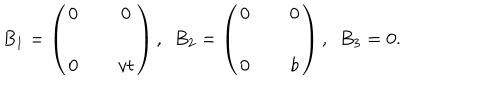
LaTeX: B _ { 1 } = \left( \begin{matrix} { { 0 } } & { { \, } } & { { 0 } } \\ { { \, } } & { { \, } } & { { \, } } \\ { { 0 } } & { { \, } } & { { v t } } \\ \end{matrix} \right) , \, \, \, B _ { 2 } = \left( \begin{matrix} { { 0 } } & { { \, } } & { { 0 } } \\ { { \, } } & { { \, } } & { { \, } } \\ { { 0 } } & { { \, } } & { { b } } \\ \end{matrix} \right) , \, \, \, B _ { 3 } = 0 .